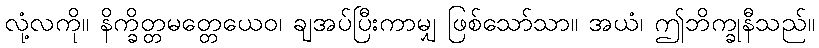
လုံ့လကို။ နိက္ခိတ္တမတ္တေယေဝ၊ ချအပ်ပြီးကာမျှ ဖြစ်သော်သာ။ အယံ၊ ဤဘိက္ခုနီသည်။